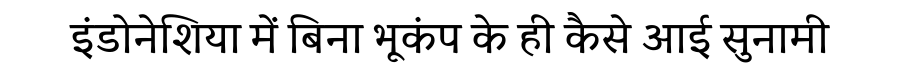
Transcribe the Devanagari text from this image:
इंडोनेशिया में बिना भूकंप के ही कैसे आई सुनामी